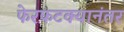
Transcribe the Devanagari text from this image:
फेरफटक्यानंतर